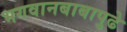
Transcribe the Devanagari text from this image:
भगवानबाबापुढे